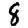
Digit: 8